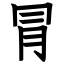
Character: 冐